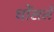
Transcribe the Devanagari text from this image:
धोंसले